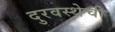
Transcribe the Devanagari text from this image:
दुरवस्थेची